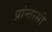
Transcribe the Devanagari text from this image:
प्रांन्तासी